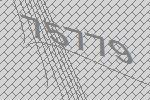
75779